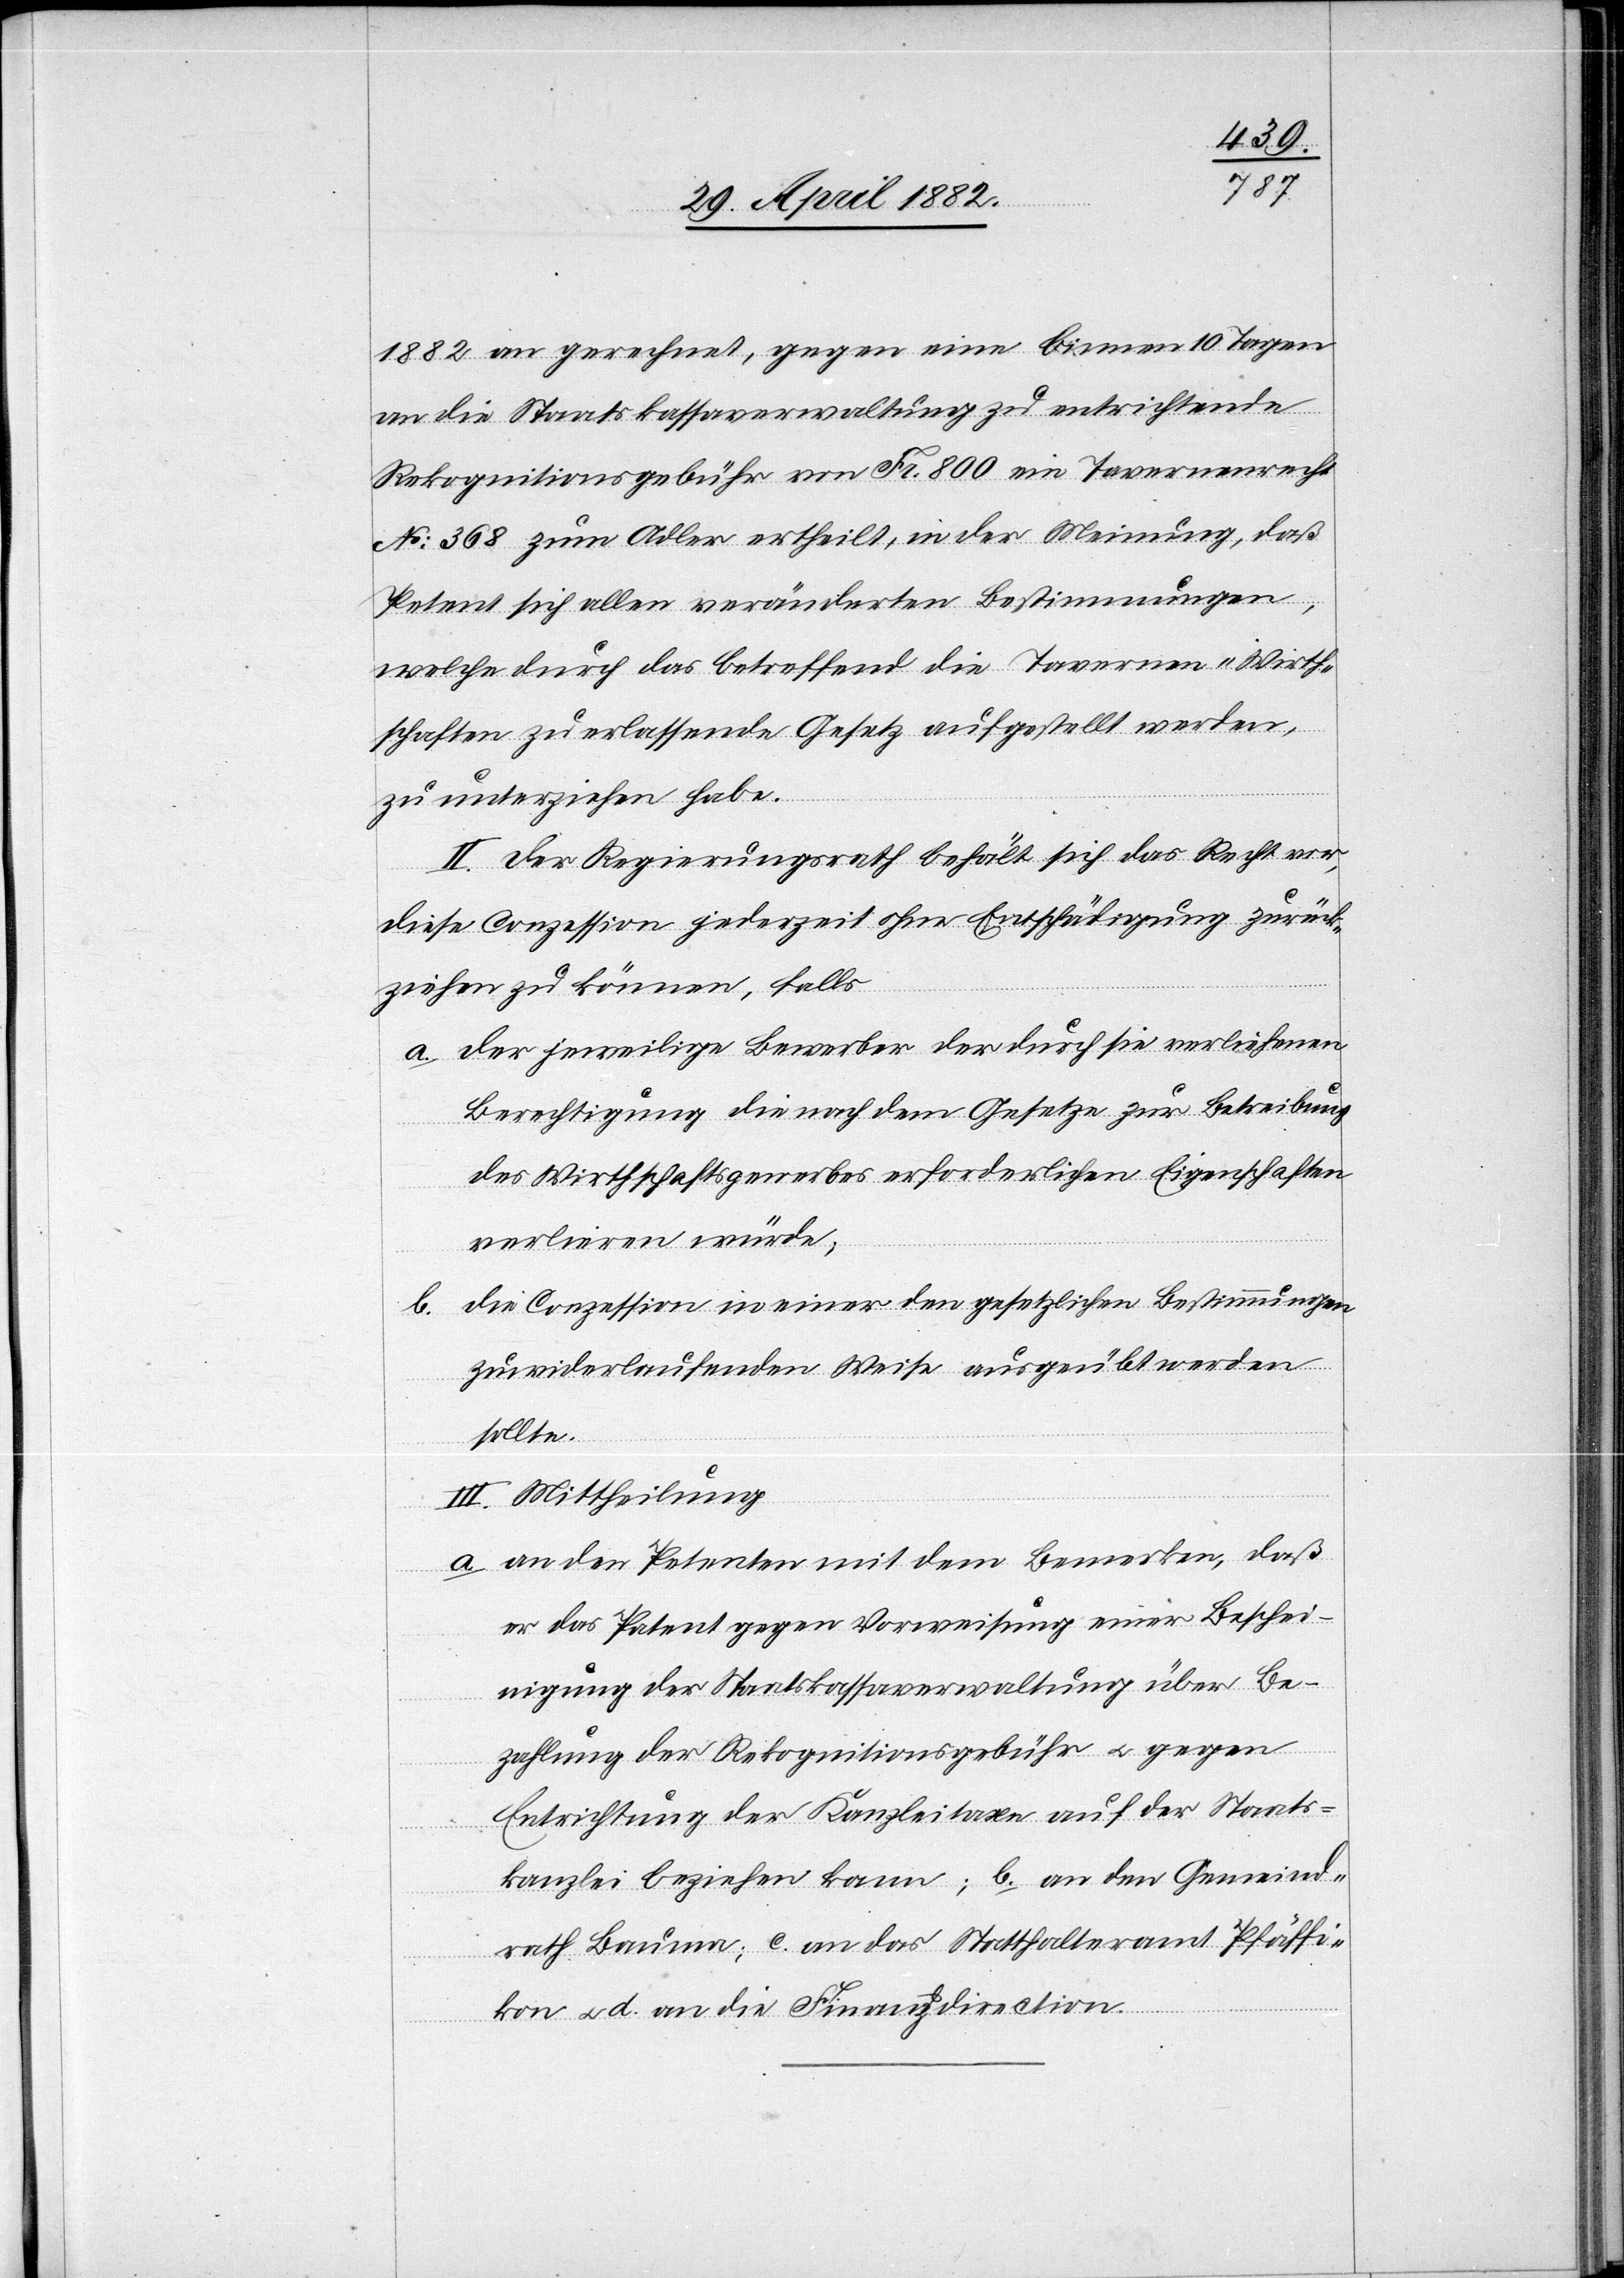
1882 an gerechnet, gegen eine binnen 10 Tagen
an die Staatskassaverwaltung zu entrichtende
Rekognitionsgebühr von Fr. 800 ein Tavernenrecht
No 368 zum Adler ertheilt, in der Meinung, daß
Petent sich allen veränderten Bestimmungen,
welche durch das betreffend die Tavernen-Wirth¬
schaften zu erlassende Gesetz aufgestellt werden,
zu unterziehen habe.
II. Der Regierungsrath behält sich das Recht vor,
diese Conzession jederzeit ohne Entschädigung zurück¬
ziehen zu können, falls
a. der jeweilige Bewerber der durch sie verliehenen
Berechtigung die nach dem Gesetze zur Betreibung
des Wirthschaftsgewerbes erforderlichen Eigenschaften
verlieren würde;
b. die Conzession in einer den gesetzlichen Bestimmungen
zuwiderlaufenden Weise ausgeübt werden
sollte.
III. Mittheilung
a. an den Petenten mit dem Bemerken, daß
er das Patent gegen Vorweisung einer Beschei¬
nigung der Staatskassaverwaltung über Be¬
zahlung der Rekognitionsgebühr u. gegen
Entrichtung der Kanzleitaxe auf der Staats¬
kanzlei beziehen kann; b. an den Gemeind¬
rath Bauma; c. an das Statthalteramt Pfäffi¬
kon u. d. an die Finanzdirection.